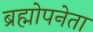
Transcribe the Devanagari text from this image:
ब्रह्मोपनेता